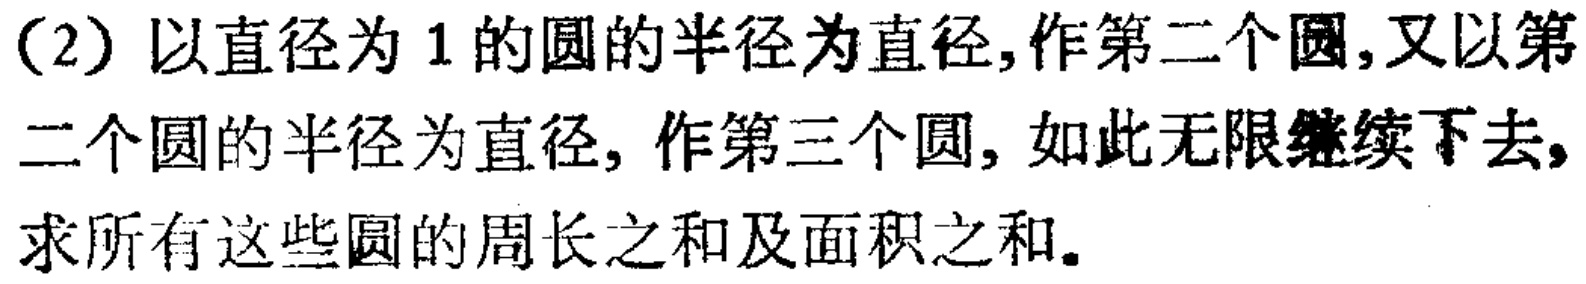
(2) 以直径为 \(1\) 的圆的半径为直径, 作第二个圆, 又以第二个圆的半径为直径, 作第三个圆, 如此无限继续下去, 求所有这些圆的周长之和及面积之和.